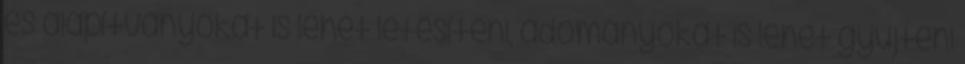
és alapítványokat is lehet létesíteni, adományokat is lehet gyűjteni